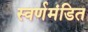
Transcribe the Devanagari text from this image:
स्वर्णमंडित